Vaccination North-Western Provinces and Oudh 1878-1895 - 1878-1895
Year: 1878
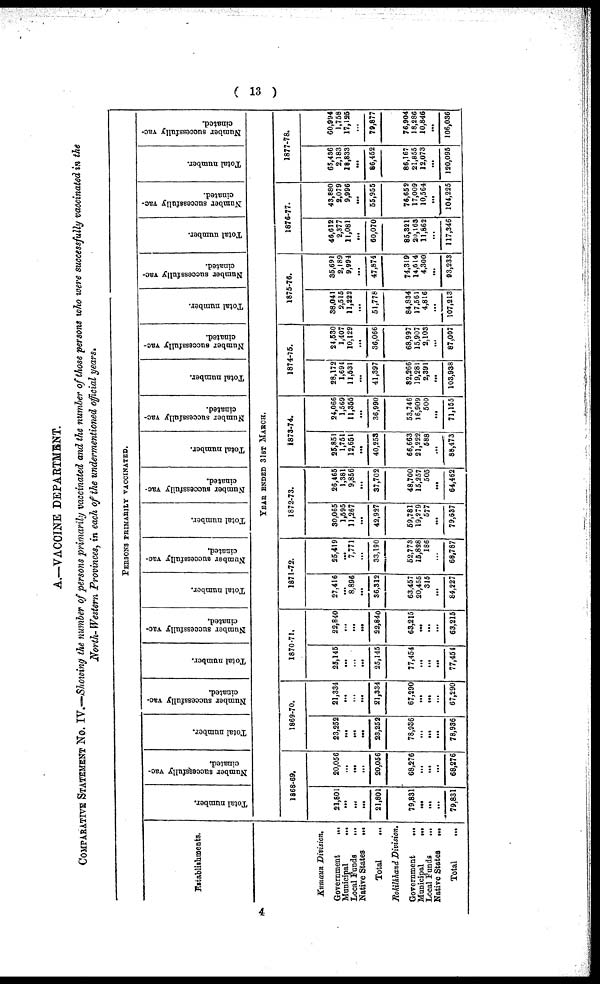
( 13 )
A.—VACCINE DEPARTMENT.
COMPARATIVE STATEMENT No. IV.—Showing the number of persons primarily vaccinated and the number of those persons who were successfully vaccinated in the
North- Western Provinces, in each of the undermentioned official years.
PERSONS PRIMARILY VACCINATED.
Establishments.
Total number.
Number successfully vac-
cinated.
Total number.
Number successfully vac-
cinated.
Total number.
Number successfully vac-
cinated.
Total number.
Number successfully vac-
cinated.
Total number.
Number successfully vac-
cinated.
Total number.
Number successfully vac-
cinated.
Total number.
Number successfully vac-
cinated.
Total number.
Number successfully vac-
cinated.
Total number.
Number successfully vac-
cinated.
Total number.
Number successfully vac-
cinated.
YEAR ENDED 31ST MARCH.
Kumaun Division.
Government
...
Municipal
...
Local Funds
...
Native States
...
Total ...
Rohilkhand Division.
Government ...
Municipal
...
Local Funds
...
Native States
...
Total ...
1868-69.
21,801
...
...
...
21,801
79,831
...
...
...
79,831
20,056
...
...
...
20,056
68,276
...
...
...
68,276
1869-70.
23,252
...
...
...
23,252
78,936
...
...
...
78,936
21,334
...
...
...
21,334
67,290
...
...
...
67,290
1870-71.
25,145
...
...
...
25,145
77,454
...
...
...
77,454
22,840
...
...
...
22,840
63,215
...
...
...
63,215
1871-72.
27,416
...
8,896
...
36,312
63,457
20,455
315
...
84,227
25,419
...
7,771
...
33,190
52,773
15,828
186
...
68,787
1872-73.
30,065
1,595
11,267
...
42,927
59,781
19,279
577
...
79,637
26,465
1,381
9,856
...
37,702
48,700
15,257
505
...
64,462
1873-74.
25,851
1,751
12,651
...
40,253
66,663
21,222
588
...
88,473
24,066
1,569
11,355
...
36,990
53,746
16,909
500
...
71,155
1874-75.
28,172
1,694
11,531
...
41,397
82,266
19,281
2,391
...
103,938
24,530
1,407
10,129
...
36,066
68,997
15,907
2,103
...
87,007
1875-76.
38,041
2,515
11,222
...
51,778
84,834
17,561
4,816
...
107,213
35,691
2,189
9,994
...
47,874
74,319
14,614
4,300
...
93,233
1876-77.
46,612
2,377
11,081
...
60,070
85,321
20,163
11,862
...
117,346
43,880
2,079
9,996
...
55,955
76,652
17,009
10,564
...
104,225
1877-78.
65,436
2,183
18,833
...
86,452
86,167
21,855
12,073
...
120,095
60,994
1,758
17,125
...
79,877
76,904
18,286
10,846
...
106,086
4